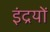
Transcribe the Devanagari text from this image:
इंद्रयों